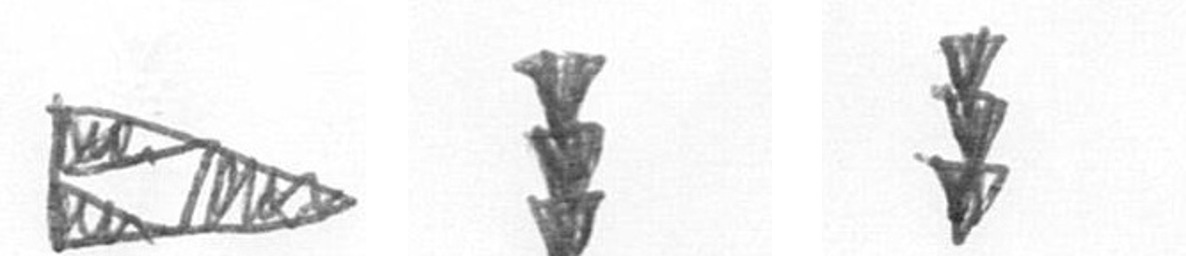
K E E